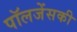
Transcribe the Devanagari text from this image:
पॉलजेंसकी